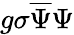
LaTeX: g\sigma{\overline{{\Psi}}}\Psi